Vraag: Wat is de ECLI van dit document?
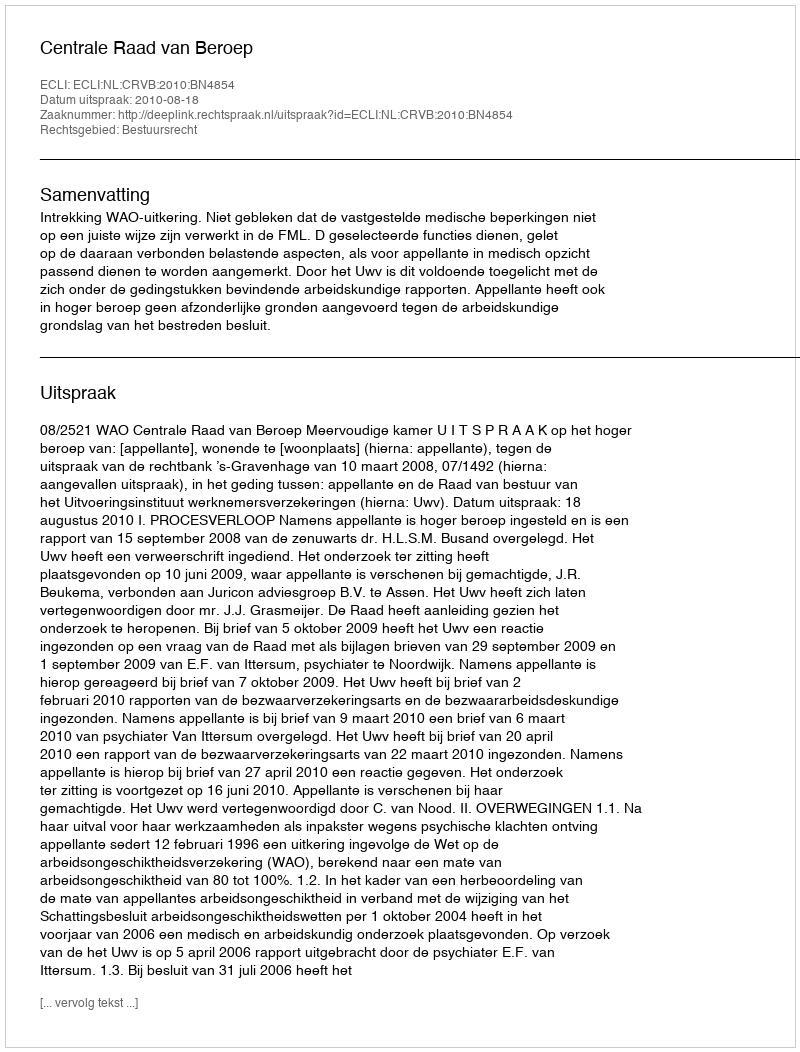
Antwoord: ECLI:NL:CRVB:2010:BN4854